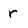
Character: r